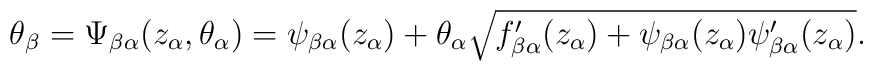
\theta_\beta = \Psi_{\beta\alpha}(z_\alpha,\theta_\alpha) = \psi_{\beta\alpha}(z_\alpha) + \theta_\alpha \sqrt{f'_{\beta\alpha}(z_\alpha) + \psi_{\beta\alpha}(z_\alpha)\psi'_{\beta\alpha}(z_\alpha)}.